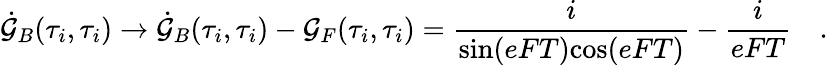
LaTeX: \dot{\cal G}_{B}(\tau_{i},\tau_{i})\rightarrow\dot{\cal G}_{B}(\tau_{i},\tau_{i})-{\cal G}_{F}(\tau_{i},\tau_{i})={\frac{i}{\mathrm{sin}(eFT)\mathrm{cos}(eFT)}}-{\frac{i}{eFT}}\quad.